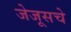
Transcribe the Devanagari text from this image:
जेजूसचे